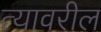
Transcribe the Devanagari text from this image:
त्‍यावरील